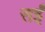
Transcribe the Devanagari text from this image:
सईं